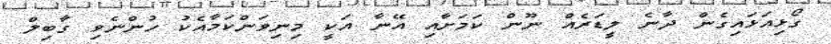
ގޯޅިއަޅައިގެން ދާނެ ލީޑަރެއް ނޫން ކަމަށާއި އޭނާ އަކީ މިނިވަންކަމާއެކު ހުންނެވި ގާބިލް